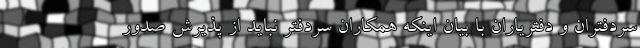
سردفتران و دفتریاران با بیان اینکه همکاران سردفتر نباید از پذیرش صدور